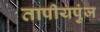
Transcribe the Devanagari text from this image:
तापीयपुंज